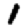
Digit: 1